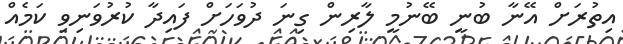
އިތުރަށް އޭނާ ބުނީ ބޭނުމީ ލާރިން ގިނަ ދުވަހަށް ފައިދާ ކުރުވަނިވި ކަމެއް